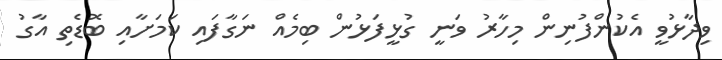
ވިދާޅުވީ އެކުންފުނިން މިހާރު ވަނީ ގުޅީފަޅުން ބިމެއް ނަގާފައި ކަމަށާއި ބޮޑެތި އާގު